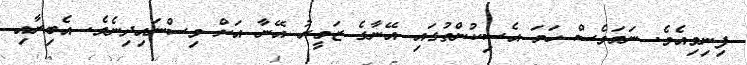
ފިނިވިއެވެ. ނަމަވެސް ހަމަ އެސިކުންތުގައި އޭނާގެ ޒަމީރު އޭނާ އަށް ވިސްނައިދިނެވެ. އެބިރާއި